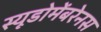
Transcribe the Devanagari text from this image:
स्यूडोमेंबरेनस